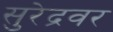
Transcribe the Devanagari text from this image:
सुरेद्रवर